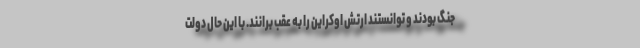
جنگ بودند و توانستند ارتش اوکراین را به عقب برانند. با این حال دولت